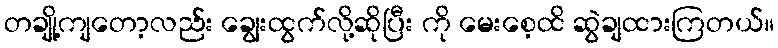
တချို့ကျတော့လည်း ချွေးထွက်လို့ဆိုပြီး ကို မေးစေ့ထိ ဆွဲချထားကြတယ်။